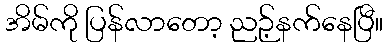
အိမ်ကို ပြန်လာတော့ ညဉ့်နက်နေပြီ။